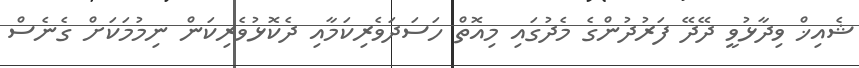
ޝެއިޚް ވިދާޅުވީ ދޭދޭ ފަރުދުންގެ މެދުގައި މިއޮތް ހަސަދަވެރިކަމާއި ދެކޮޅުވެރިކަން ނިމުމަކަށް ގެނެސް